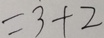
= 3 + 2